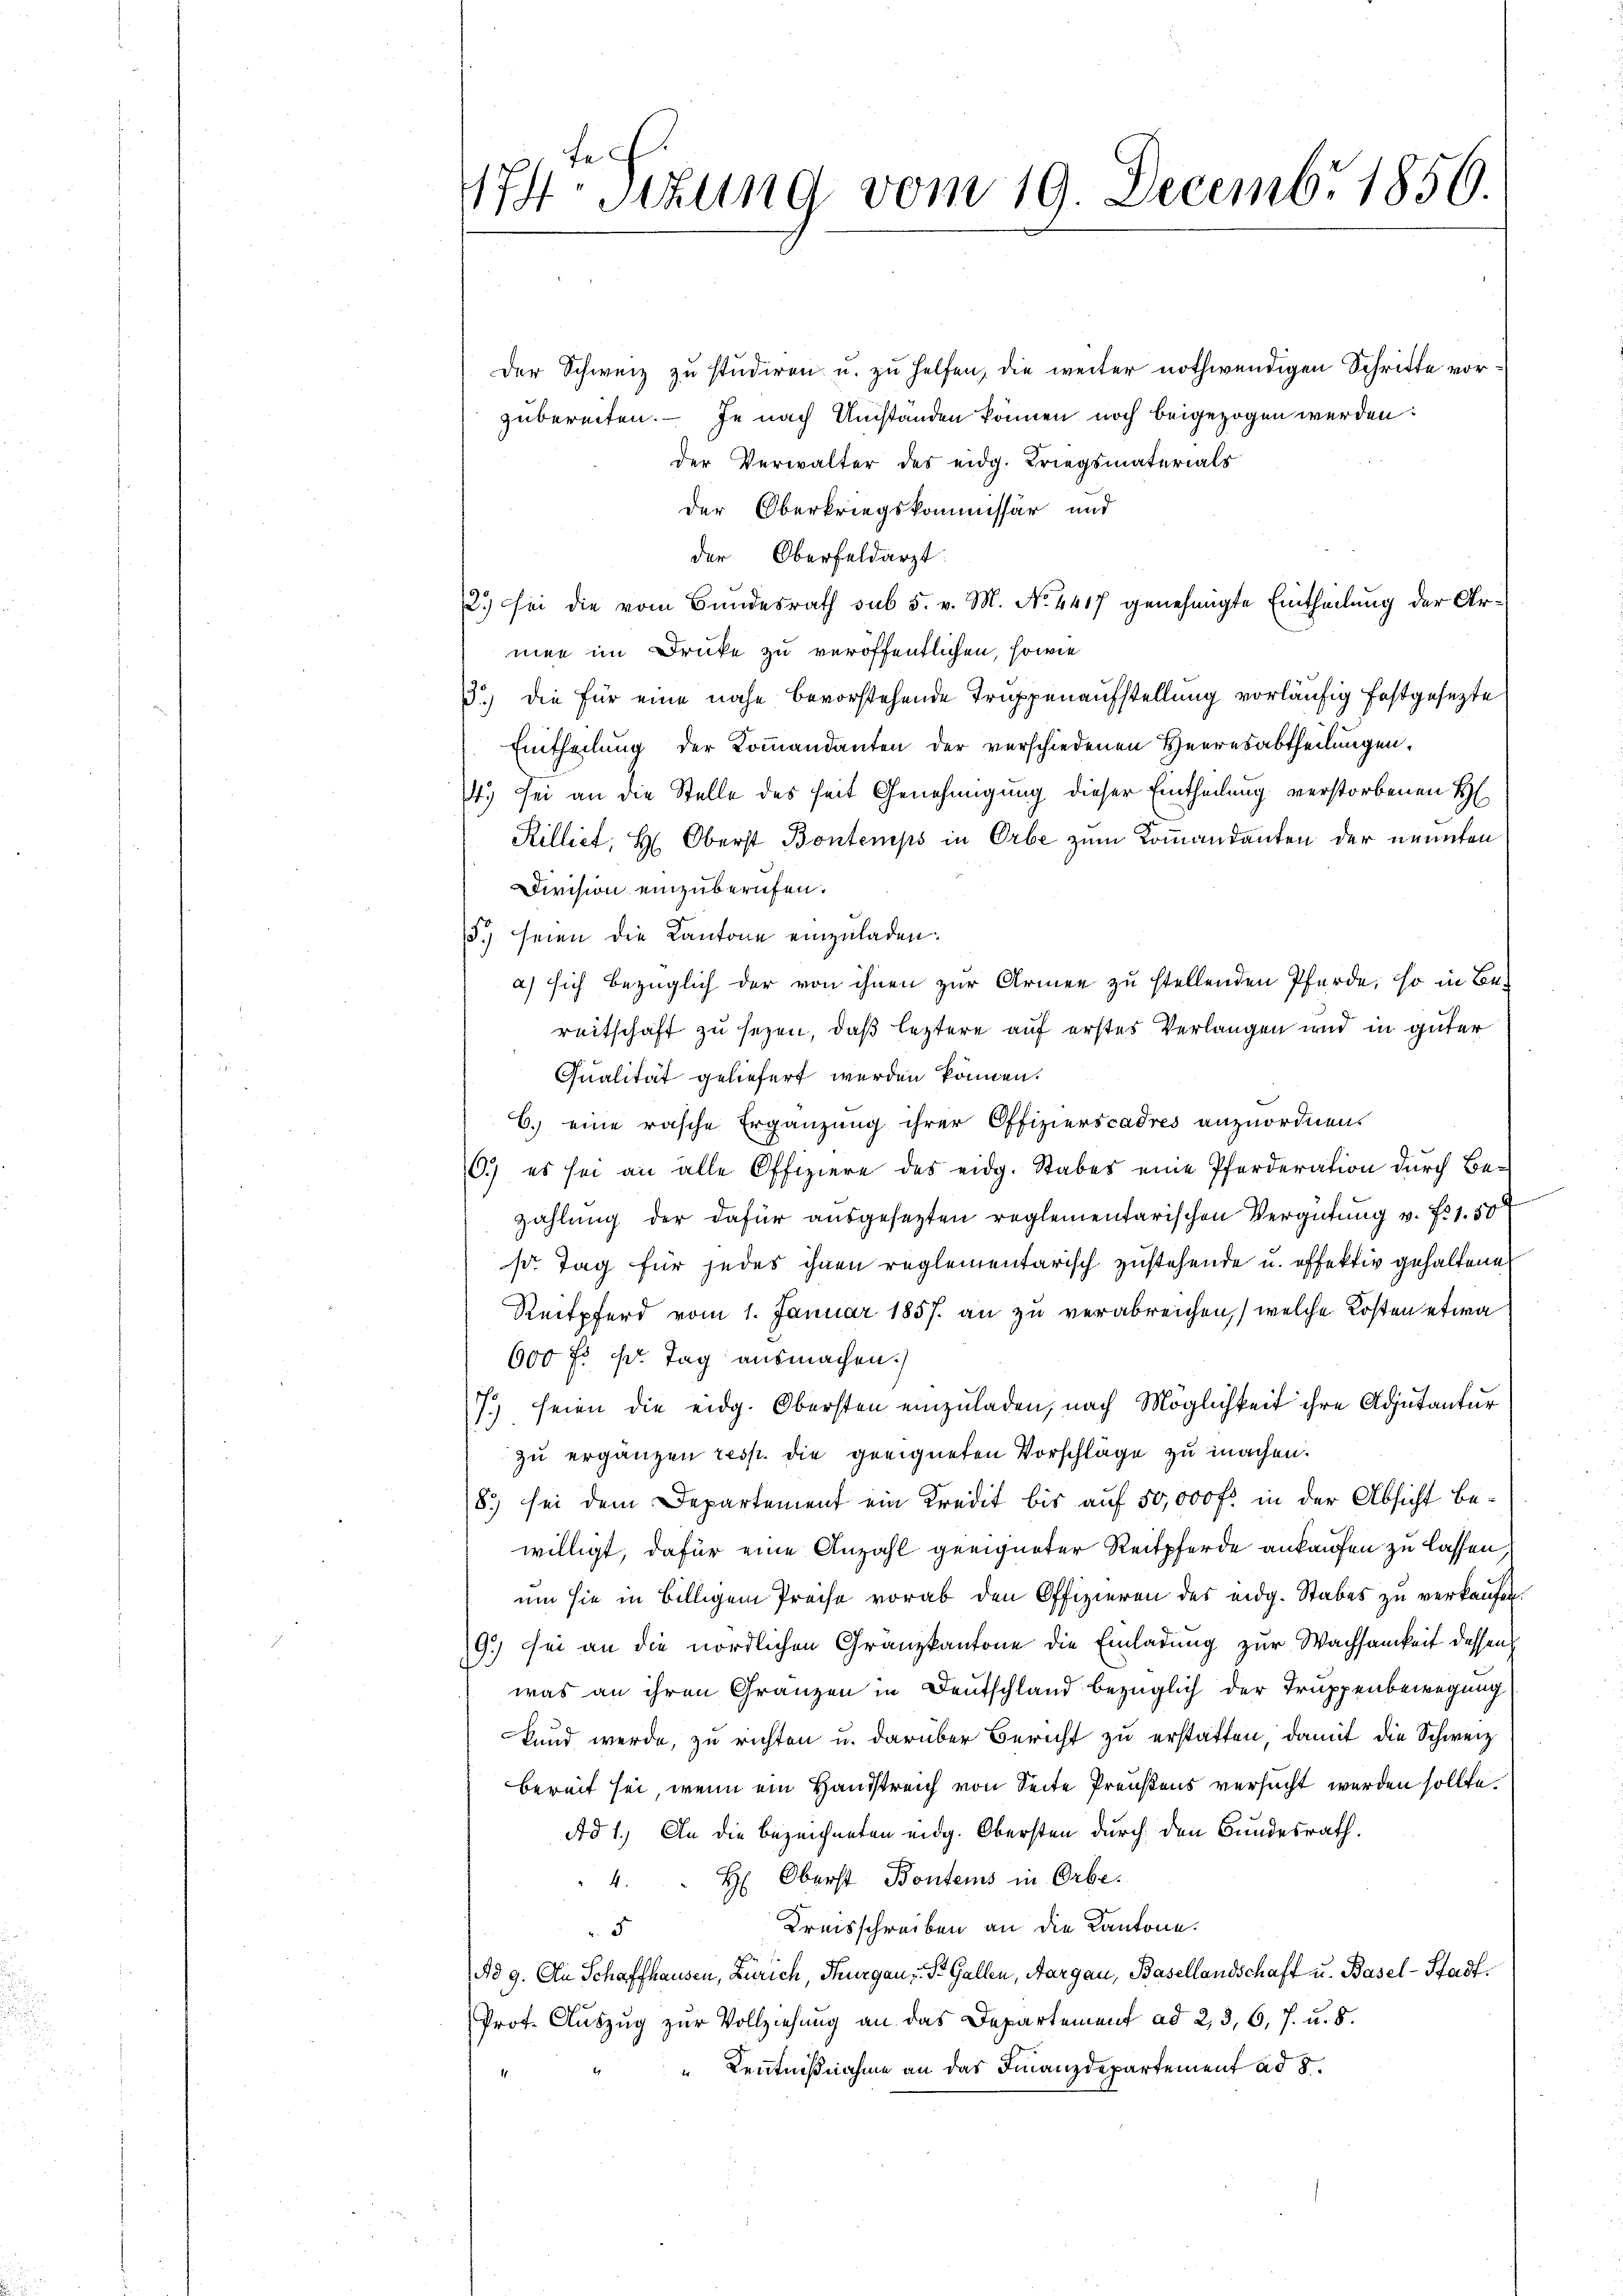
174. Sekung vom 19. Decembr 1856.

Der Schweiz zu studiren u. zu helfen, die weiter nothwendigen Schritte vorzubereiten. – Je nach Umständen können noch beigezogen werden.
der Verwalter des eidg. Kriegsmaterials
der Oberkriegskommissär und
der Oberfeldarzt
2.) Sei die vom Bundesrath sub 5. v. M. No. 4417 genehmigte Eintheilung der Armen im Druke zu veröffentlichen, sowie
3.) Die für eine nahe bevorstehende Truppenaufstellung vorläufig festgesezte
Eintheilung der Kommandanten der verschiedenen Herresabtheilungen.
.) sei an die Stelle des seit Genehmigung dieser Eintheilung verstorbenen H
Rilliet, H. Oberst Bontemps in Orbe zum Kommandanten der nennten
Division einzuberufen.
15. seien die Kantone einzuladen.
a) sich bezüglich der von ihnen zur Armen zu stellenden Pferde, so in Be-
reitschaft zu sezen, daß leztere auf erstes Verlangen und in güter
Qualität geliefert werden können.
C. eine rasche Ergänzung ihrer Offizierscadres anzuordnen.
6.) es sei an alle Offiziere des eidg. Stabes eine Pferderation durch Be-
zahlung der dafür ausgesezten reglementarischen Vergütung v. Fr. 1.50
s Tag für jedes ihnen reglementarisch zustehende u. offektiv gehaltene
Reitpferd vom 1. Januar 1857 an zu verabreichen, welche Kosten etwa
600 fl. pr. Tag ausmachen.
seien die eidg. Obersten einzuladen, nach Möglichkeit ihre Adjutantur
zu ergänzen resp. die geeigneten Vorschläge zu machen.
8.) sei dem Departement ein Kredit bis auf 50,000 fr in der Absicht bewilligt, dafür eine Anzahl geeigneter Reitpferde ankaufen zu lassen
um sie in Billigem Preise vorab den Offizieren des eidg. Stabes zu verkaufen.
19.) sei an die nördlichen Granzkantone die Einladung zur Wachsamkeit dessen
was an ihren Gränzen in Deutschland bezüglich der Truppenbewegung
kund werde, zu richten u. darüber Bericht zu erstatten, damit die Schweiz
bereit sei, wenn ein Handstreich von Seite Preußens versucht werden sollte.
Ad 1. An die bezeichneten eidg. Obersten durch den Bundesrath.
H: Oberst Bontems in Orbe.
4.
Kreisschreiben an die Kantone.
5
No 9. An Schaffhausen, Zürich, Thurgau, St. Gallen, Aargau, Basellandschaft u. Basel-Stadt¬
Prof. Auszug zur Vollziehung an das Departement ad 2, 3, 6, 7. u. 5.
Kenntnißnahme an das Finanzdepartement ad 8.